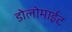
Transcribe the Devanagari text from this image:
डोलोमाईट